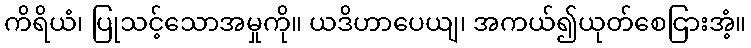
ကိရိယံ၊ ပြုသင့်သောအမှုကို။ ယဒိဟာပေယျ၊ အကယ်၍ယုတ်စေငြားအံ့။